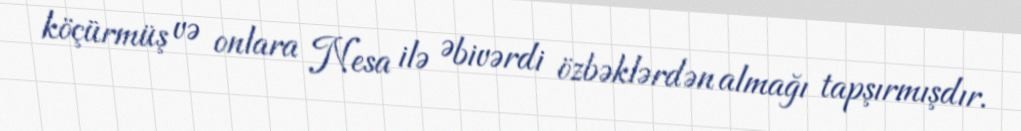
köçürmüş və onlara Nesa ilə Əbivərdi özbəklərdən almağı tapşırmışdır.